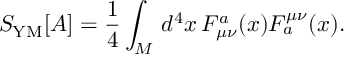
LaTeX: S _ { \mathrm { Y M } } [ A ] = \frac { 1 } { 4 } \int _ { \cal M } \, d ^ { 4 } x \, F _ { \mu \nu } ^ { a } ( x ) F _ { a } ^ { \mu \nu } ( x ) .